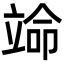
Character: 𬔣